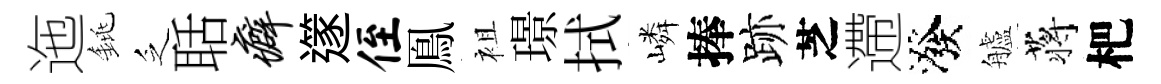
迤銚乏聒癖𨗹侄鳯袓璟拭嶙捧跡芝遰潑艫蒋杷